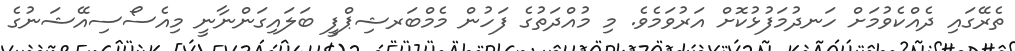
ތެރޭގައި ދެއްކެވުމަށް ހަނދުމަފުޅުކޮށް އަރުވަމެވެ. މި މުއްދަތުގެ ފަހުން މެމްބަރޝިޕްފީ ބަލައިގަންނާނީ މިއެސޯސިއޭޝަނުގެ